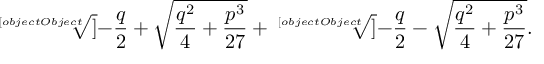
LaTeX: { \sqrt [ [object Object] ] { - { \frac { q } { 2 } } + { \sqrt { { \frac { q ^ { 2 } } { 4 } } + { \frac { p ^ { 3 } } { 2 7 } } } } } } + { \sqrt [ [object Object] ] { - { \frac { q } { 2 } } - { \sqrt { { \frac { q ^ { 2 } } { 4 } } + { \frac { p ^ { 3 } } { 2 7 } } } } } } .